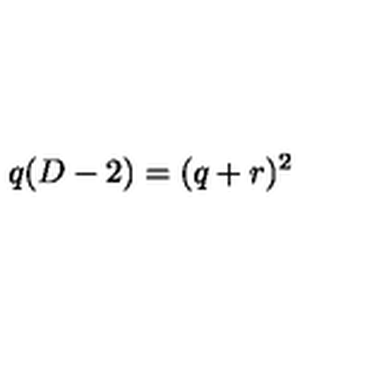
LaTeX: q ( D - 2 ) = ( q + r ) ^ { 2 }